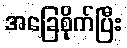
အခြေစိုက်ပြီး